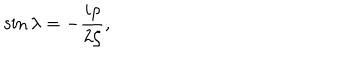
LaTeX: \sin \lambda = - \frac { i \rho } { 2 \zeta } ,